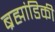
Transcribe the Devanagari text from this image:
ब्रह्मांडिकी